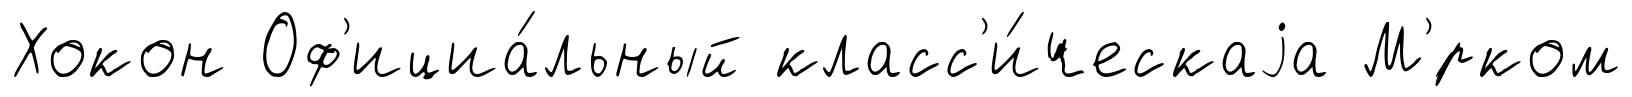
Хокон Оф'ициа́льный класс'и́ческаjа М'́рком